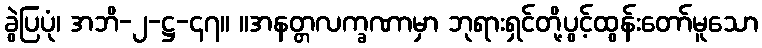
ခွဲပြပုံ၊ အဘိ-၂-ဋ္ဌ-၄၇။ ။အနတ္တလက္ခဏာမှာ ဘုရားရှင်တို့ပွင့်ထွန်းတော်မူသော